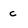
Character: c